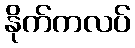
နိုက်ကလပ်